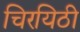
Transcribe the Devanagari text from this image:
चिरयिठी